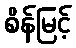
စိန်မြင့်